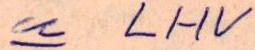
u LHV